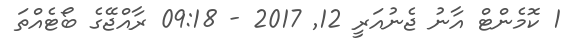
1 ކޮމެންޓް އާނު ޖެނުއަރީ 12